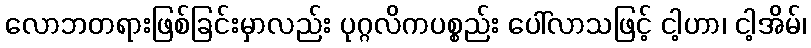
လောဘတရားဖြစ်ခြင်းမှာလည်း ပုဂ္ဂလိကပစ္စည်း ပေါ်လာသဖြင့် ငါ့ဟာ၊ ငါ့အိမ်၊